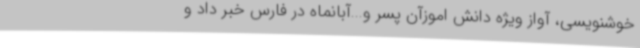
خوشنویسی، آواز ویژه دانش اموزآن پسر و...آبانماه در فارس خبر داد و